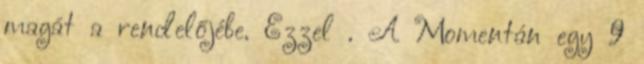
magát a rendelőjébe. Ezzel . A Momentán egy 9